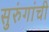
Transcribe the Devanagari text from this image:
सुरुंगांची